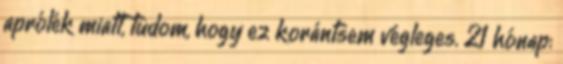
aprólék miatt, tudom, hogy ez korántsem végleges. 21 hónap: